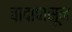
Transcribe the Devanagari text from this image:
वादापासून